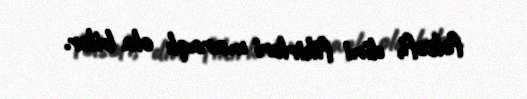
fəlsəfi, dini fikirləri maraqlı ola bilər.